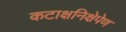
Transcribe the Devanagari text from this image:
कटाक्षनिक्षेपेण